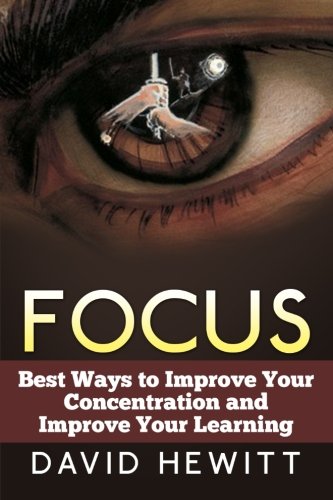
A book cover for Focus: Best Ways To Improve Your Concentration and Improve Your Learning; David Hewitt; Self-Help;